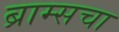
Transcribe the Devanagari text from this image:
ब्राम्सचा